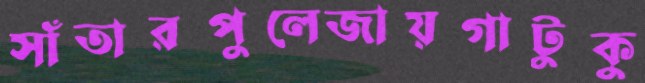
সাঁতারপুলেজায়গাটুকু